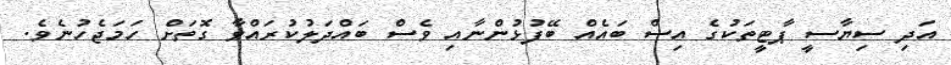
އަދި ސިޔާސީ ޕާޓީތަކުގެ އިސް ބައެއް ބޭފުޅުންނާއި ވެސް ބައްދަލުކުރައްވާ ގޮތަށް ހަމަޖެހުނެވެ.